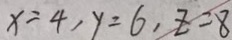
x = 4 , y = 6 , z = 8